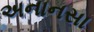
અનાનસા